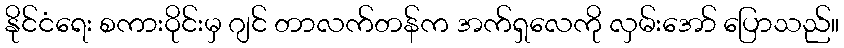
နိုင်ငံရေး စကားဝိုင်းမှ ဂျင် တာလက်တန်က အက်ရှလေကို လှမ်းအော် ပြောသည်။